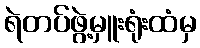
ရဲတပ်ဖွဲ့မှူးရုံးထံမှ